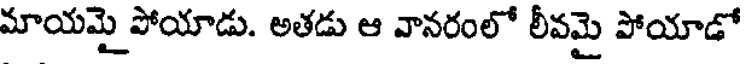
మాయమై పోయాడు. అతడు ఆ వానరంలో లీవమై పోయాడో